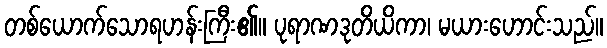
တစ်ယောက်သောရဟန်းကြီး၏။ ပုရာဏဒုတိယိကာ၊ မယားဟောင်းသည်။